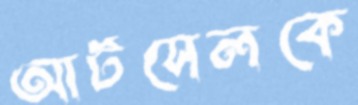
আর্টসেলকে